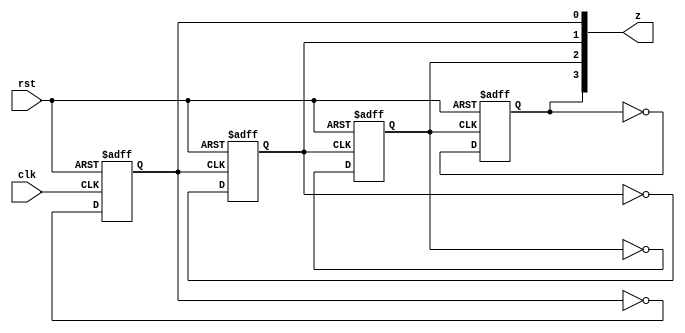
`timescale 1ns / 1ps
//////////////////////////////////////////////////////////////////////////////////
// Company:        Code-Tronix
// 
// Design Name:    Asynchronous Down Counter Model
// Module Name:    asycd 
// Project Name: 
// Target Devices: 
// Tool versions: 
// Description: 
//
// Dependencies: 
//
// Revision: 7
// Revision 0.01 - File Created
// Additional Comments: 
//
//////////////////////////////////////////////////////////////////////////////////

//Asynchronous Down Counter Module
module asycd(clk, z,rst);
    input clk,rst;
    output [03:0] z;
	 reg z0,z1,z2,z3;
	 always@(posedge clk or posedge rst)
	 begin		
		if(rst)
			z0=1'b1;
		else
			z0=~z0;
	 end	 
	 always@(posedge z0 or posedge rst)
	 begin
		if(rst)
			z1=1'b1;
		else
			z1=~z1;
	 end
	 always@(posedge z1 or posedge rst)
	 begin
		if(rst)
			z2=1'b1;
		else
			z2=~z2;
	 end
	 always@(posedge z2 or posedge rst)
	 begin
		begin
		if(rst)
			z3=1'b1;
		else
			z3=~z3;
	 end
	 end
	assign z={z3,z2,z1,z0};
endmodule

//Sample Module
/*
module asdown_tb();
	 reg tclk,trst;
	 wire[3:0]tz;
	 initial
	 begin
	 $monitor(tclk,tz,trst);
	 trst=1;
	 tclk=0;
	 #25 trst=0;
	 end
	 always
	 begin
	 #25 tclk=~tclk;
	 end 
	 asycd ut(.clk(tclk),.z(tz),.rst(trst));
endmodule 
	 */
	 
//Testbench Module
module tb();
	reg tclk,trst;
	wire [3:0]tz;
	asycd ut(.clk(tclk),.z(tz),.rst(trst));
	initial
	begin
		tclk=0; trst=1; #10;
		tclk=1; trst=0; #10;	
	end
	always 
	#10 tclk=~tclk;
endmodule